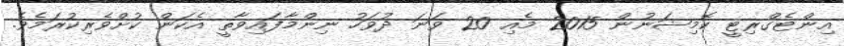
އިންޓެގްރިޓީ ކޮމިޝަނުން 2015 މެއި 20 ވަނަ ދުވަހު ނިންމާފައިވާތީ އެކަން ކުށްވެރިކުރަމެވެ.